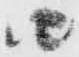
由